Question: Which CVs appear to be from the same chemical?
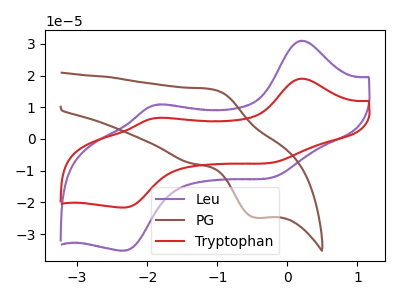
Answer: <think>The purple curve "Leu" has anodic peaks at (0.20V, 31.00uA) (-1.85V, 10.85uA) and cathodic peaks at (-0.15V, -11.75uA) (-2.30V, -35.20uA). The brown curve "PG" has an anodic peak at (-1.10V, 15.70uA) and a cathodic peak at (-0.45V, -24.85uA). The red curve "Tryptophan" has anodic peaks at (0.20V, 19.05uA) (-1.85V, 6.65uA) and cathodic peaks at (-0.15V, -7.20uA) (-2.30V, -21.60uA).
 "Leu" and "PG" have a different number of peaks. All the peaks in "Leu" have a peak in "Tryptophan" at the same potential. Every peak in "Leu" is higher than every peak in "Tryptophan". "PG" and "Tryptophan" have a different number of peaks.</think>
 <answer>"Leu" and "Tryptophan" have the same shape and are likely CV's of the same chemical.</answer>
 <eval>"Leu" "Tryptophan"</eval>